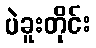
ပဲခူးတိုင်း